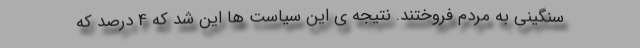
سنگینی به مردم فروختند. نتیجه ی این سیاست ها این شد که 4 درصد که